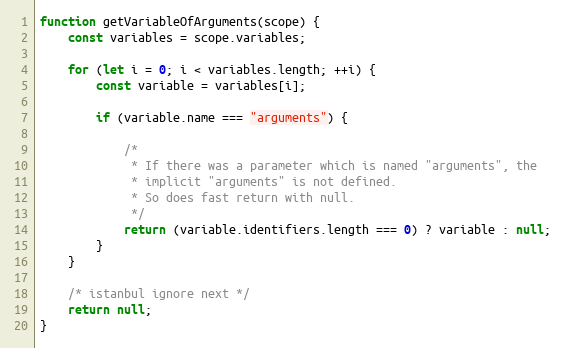
Language: JavaScript
function getVariableOfArguments(scope) {
    const variables = scope.variables;

    for (let i = 0; i < variables.length; ++i) {
        const variable = variables[i];

        if (variable.name === "arguments") {

            /*
             * If there was a parameter which is named "arguments", the
             * implicit "arguments" is not defined.
             * So does fast return with null.
             */
            return (variable.identifiers.length === 0) ? variable : null;
        }
    }

    /* istanbul ignore next */
    return null;
}